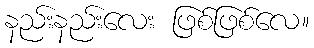
နည်းနည်းလေး ဖြစ်ဖြစ်လေ။